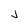
Character: j